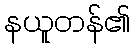
နယူတန်၏